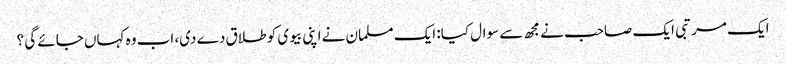
ایک مرتبی ایک صاحب نے مجھ سے سوال کیا: ایک مسلمان نے اپنی بیوی کو طلاق دے دی، اب وہ کہاں جائے گی ؟